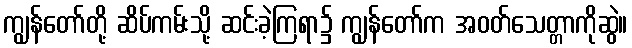
ကျွန်တော်တို့ ဆိပ်ကမ်းသို့ ဆင်းခဲ့ကြရာ၌ ကျွန်တော်က အဝတ်သေတ္တာကိုဆွဲ။